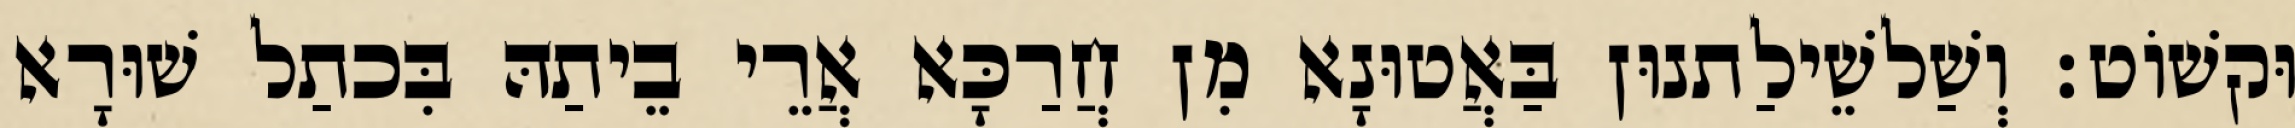
וּקשׁוֹט׃ וְשַׁלשֵׁילַתנוּן בַּאֲטוּנָא מִן חֲרַכָּא אֲרֵי בֵיתַהּ בִּכתַל שׁוּרָא